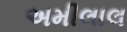
અમીલાલ